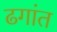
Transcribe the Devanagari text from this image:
ढगांत